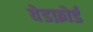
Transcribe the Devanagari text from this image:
वेडफ़ोर्ड